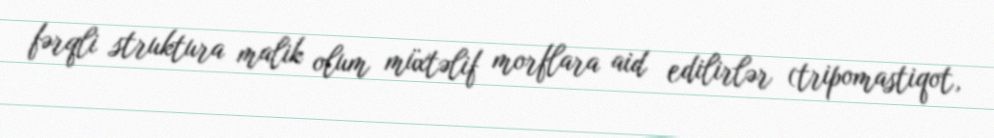
fərqli struktura malik olum müxtəlif morflara aid edilirlər (tripomastiqot,